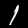
Label: 1